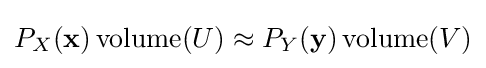
P_{X}(\mathbf {x} )\operatorname {volume} (U)\approx P_{Y}(\mathbf {y} )\operatorname {volume} (V)